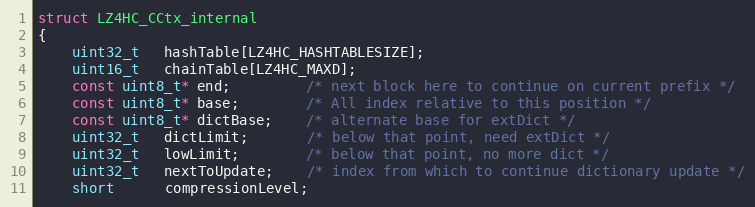
Language: C
struct LZ4HC_CCtx_internal
{
    uint32_t   hashTable[LZ4HC_HASHTABLESIZE];
    uint16_t   chainTable[LZ4HC_MAXD];
    const uint8_t* end;         /* next block here to continue on current prefix */
    const uint8_t* base;        /* All index relative to this position */
    const uint8_t* dictBase;    /* alternate base for extDict */
    uint32_t   dictLimit;       /* below that point, need extDict */
    uint32_t   lowLimit;        /* below that point, no more dict */
    uint32_t   nextToUpdate;    /* index from which to continue dictionary update */
    short      compressionLevel;